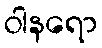
ဝါနရော